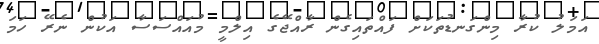
އަމަލު ކުރާ މިންގަނޑުތަކަށް ފައްތައިގެން ރާއްޖޭގެ އިލްމީ މުއައްސަސާ އަކުން ނެރޭ ހަމަ